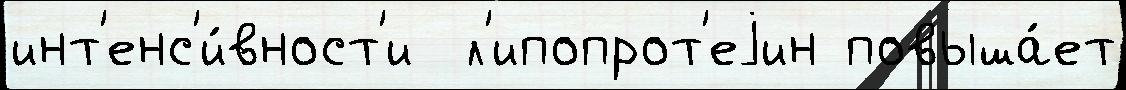
инт'енс'и́вност'и  л'ипопрот'еjин повыша́ет